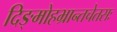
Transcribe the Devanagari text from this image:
दिङ्मोहभ्रान्तचेतसः